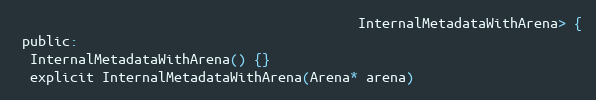
Language: C
                                           InternalMetadataWithArena> {
 public:
  InternalMetadataWithArena() {}
  explicit InternalMetadataWithArena(Arena* arena)